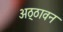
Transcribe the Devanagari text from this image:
अठ्ठावन